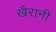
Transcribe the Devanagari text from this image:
खैरानी